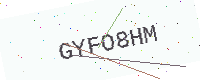
Text: GYFO8HM